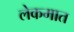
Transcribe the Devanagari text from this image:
लेकमात